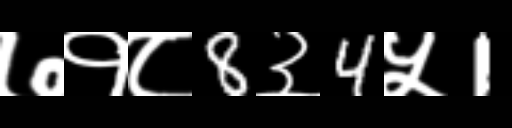
Text: ७१८8३4५1